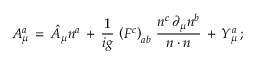
A _ { \mu } ^ { a } \, = \, \hat { A } _ { \mu } n ^ { a } \, + \, \frac { 1 } { i g } \, \left( F ^ { c } \right) _ { a b } \, \frac { n ^ { c } \, \partial _ { \mu } n ^ { b } } { n \cdot n } \, + \, Y _ { \mu } ^ { a } \, ;